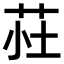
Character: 𫇾